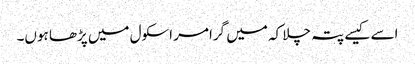
اسے کیسے پتہ چلا کہ میں گرامر اسکول میں پڑھا ہوں۔